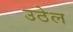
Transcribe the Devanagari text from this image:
उठेल